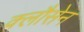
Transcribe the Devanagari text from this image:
क्लौसेन